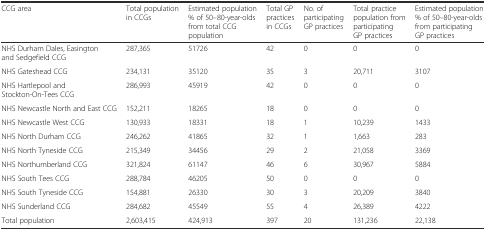
| CCG area | Total population in CCGs | Estimated population % of 50–80-year-olds from total CCG population | Total GP practices in CCGs | No. of participating GP practices | Total practice population from participating GP practices | Estimated population % of 50–80-year-olds from participating GP practices |
 | --- | --- | --- | --- | --- | --- | --- |
 | NHS Durham Dales, Easington and Sedgefield CCG | 287,365 | 51726 | 42 | 0 | 0 | 0 |
 | NHS Gateshead CCG | 234,131 | 35120 | 35 | 3 | 20,711 | 3107 |
 | NHS Hartlepool and Stockton-On-Tees CCG | 286,993 | 45919 | 42 | 0 | 0 | 0 |
 | NHS Newcastle North and East CCG | 152,211 | 18265 | 18 | 0 | 0 | 0 |
 | NHS Newcastle West CCG | 130,933 | 18331 | 18 | 1 | 10,239 | 1433 |
 | NHS North Durham CCG | 246,262 | 41865 | 32 | 1 | 1,663 | 283 |
 | NHS North Tyneside CCG | 215,349 | 34456 | 29 | 2 | 21,058 | 3369 |
 | NHS Northumberland CCG | 321,824 | 61147 | 46 | 6 | 30,967 | 5884 |
 | NHS South Tees CCG | 288,784 | 46205 | 50 | 0 | 0 | 0 |
 | NHS South Tyneside CCG | 154,881 | 26330 | 30 | 3 | 20,209 | 3840 |
 | NHS Sunderland CCG | 284,682 | 45549 | 55 | 4 | 26,389 | 4222 |
 | Total population | 2,603,415 | 424,913 | 397 | 20 | 131,236 | 22,138 |